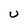
Character: U